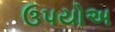
ઉપયોઅ